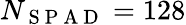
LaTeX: N_{\mathrm{~S~P~A~D~}}=128